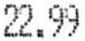
22.99